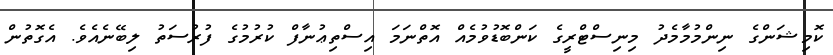
ކޮމިޝަންގެ ނިންމުމާމެދު މިނިސްޓްރީގެ ކަންބޮޑުވުމެއް އޮތްނަމަ އިސްތިޢުނާފް ކުރުމުގެ ފުރުސަތު ލިބޭނެއެވެ. އެގޮތުން